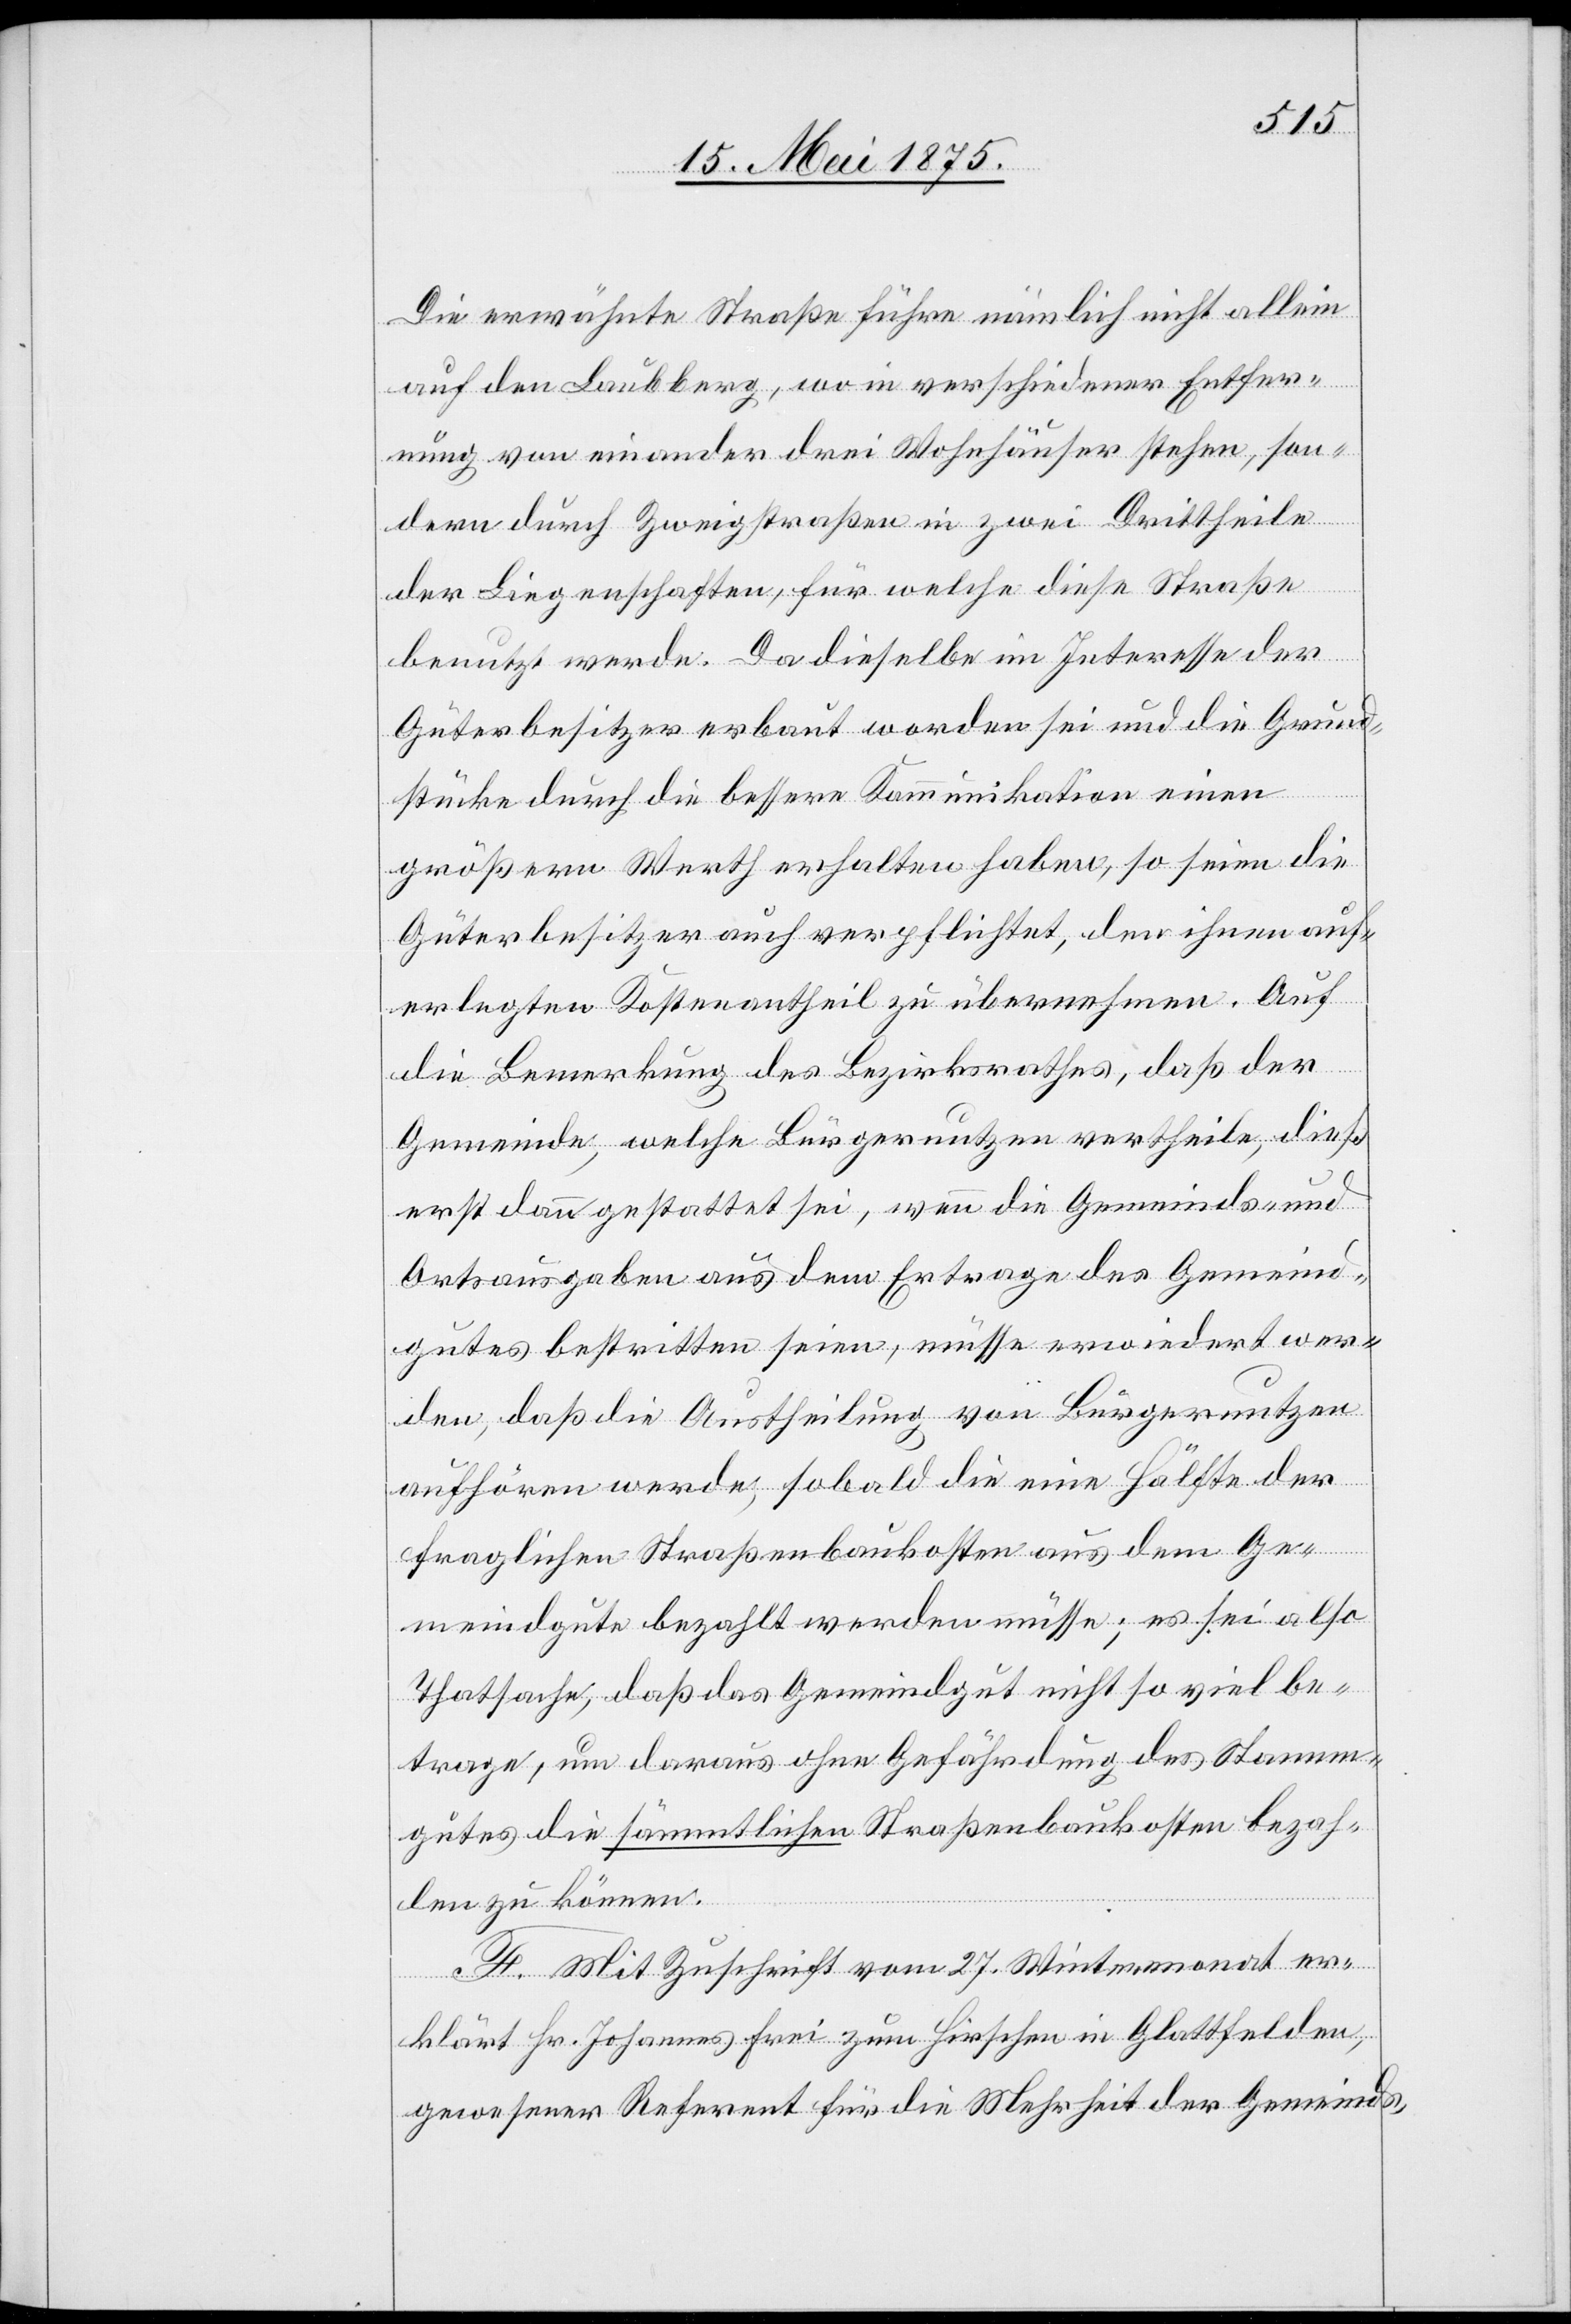
Die erwähnte Straße führe nämlich nicht allein
auf den Laubberg, wo in verschiedener Entfer¬
nung von einander drei Wohnhäuser stehen, son¬
dern durch Zweigstraßen in zwei Drittheile
der Liegenschaften, für welche diese Straße
benutzt werde. Da dieselbe im Interesse der
Güterbesitzer erbaut worden sei und die Grund¬
stücke durch die bessere Kommunikation einen
größern Werth erhalten haben, so seien die
Güterbesitzer auch verpflichtet, den ihnen auf¬
erlegten Kostenantheil zu übernehmen. Auf
die Bemerkung des Bezirksrathes, daß der
Gemeinde, welche Bürgernutzen vertheile, dieß
erst dann gestattet sei, wenn die Gemeinds- und
Ortsausgaben aus dem Ertrage des Gemeind¬
gutes bestritten seien, müsse erwiedert wer¬
den, daß die Austheilung von Bürgernutzen
aufhören werde, sobald die eine Hälfte der
fraglichen Straßenbaukosten aus dem Ge¬
meindgute bezahlt werden müssen; es sei also
Thatsache, daß das Gemeindgut nicht so viel be¬
trage, um daraus ohne Gefährdung des Stamm¬
gutes die sämmtlichen Straßenbaukosten bezah¬
len zu können.
F. Mit Zuschrift vom 27. Wintermonat er¬
klärt Hr. Johannes Frei zum Hirschen in Glattfelden,
gewesener Referent für die Mehrheit der Gemeinds-